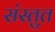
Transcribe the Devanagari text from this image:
संस्‍तुत